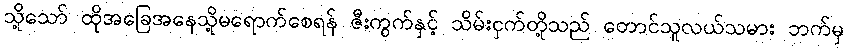
သို့သော် ထိုအခြေအနေသို့မရောက်စေရန် ဇီးကွက်နှင့် သိမ်းငှက်တို့သည် တောင်သူလယ်သမား ဘက်မှ